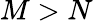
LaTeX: M>N